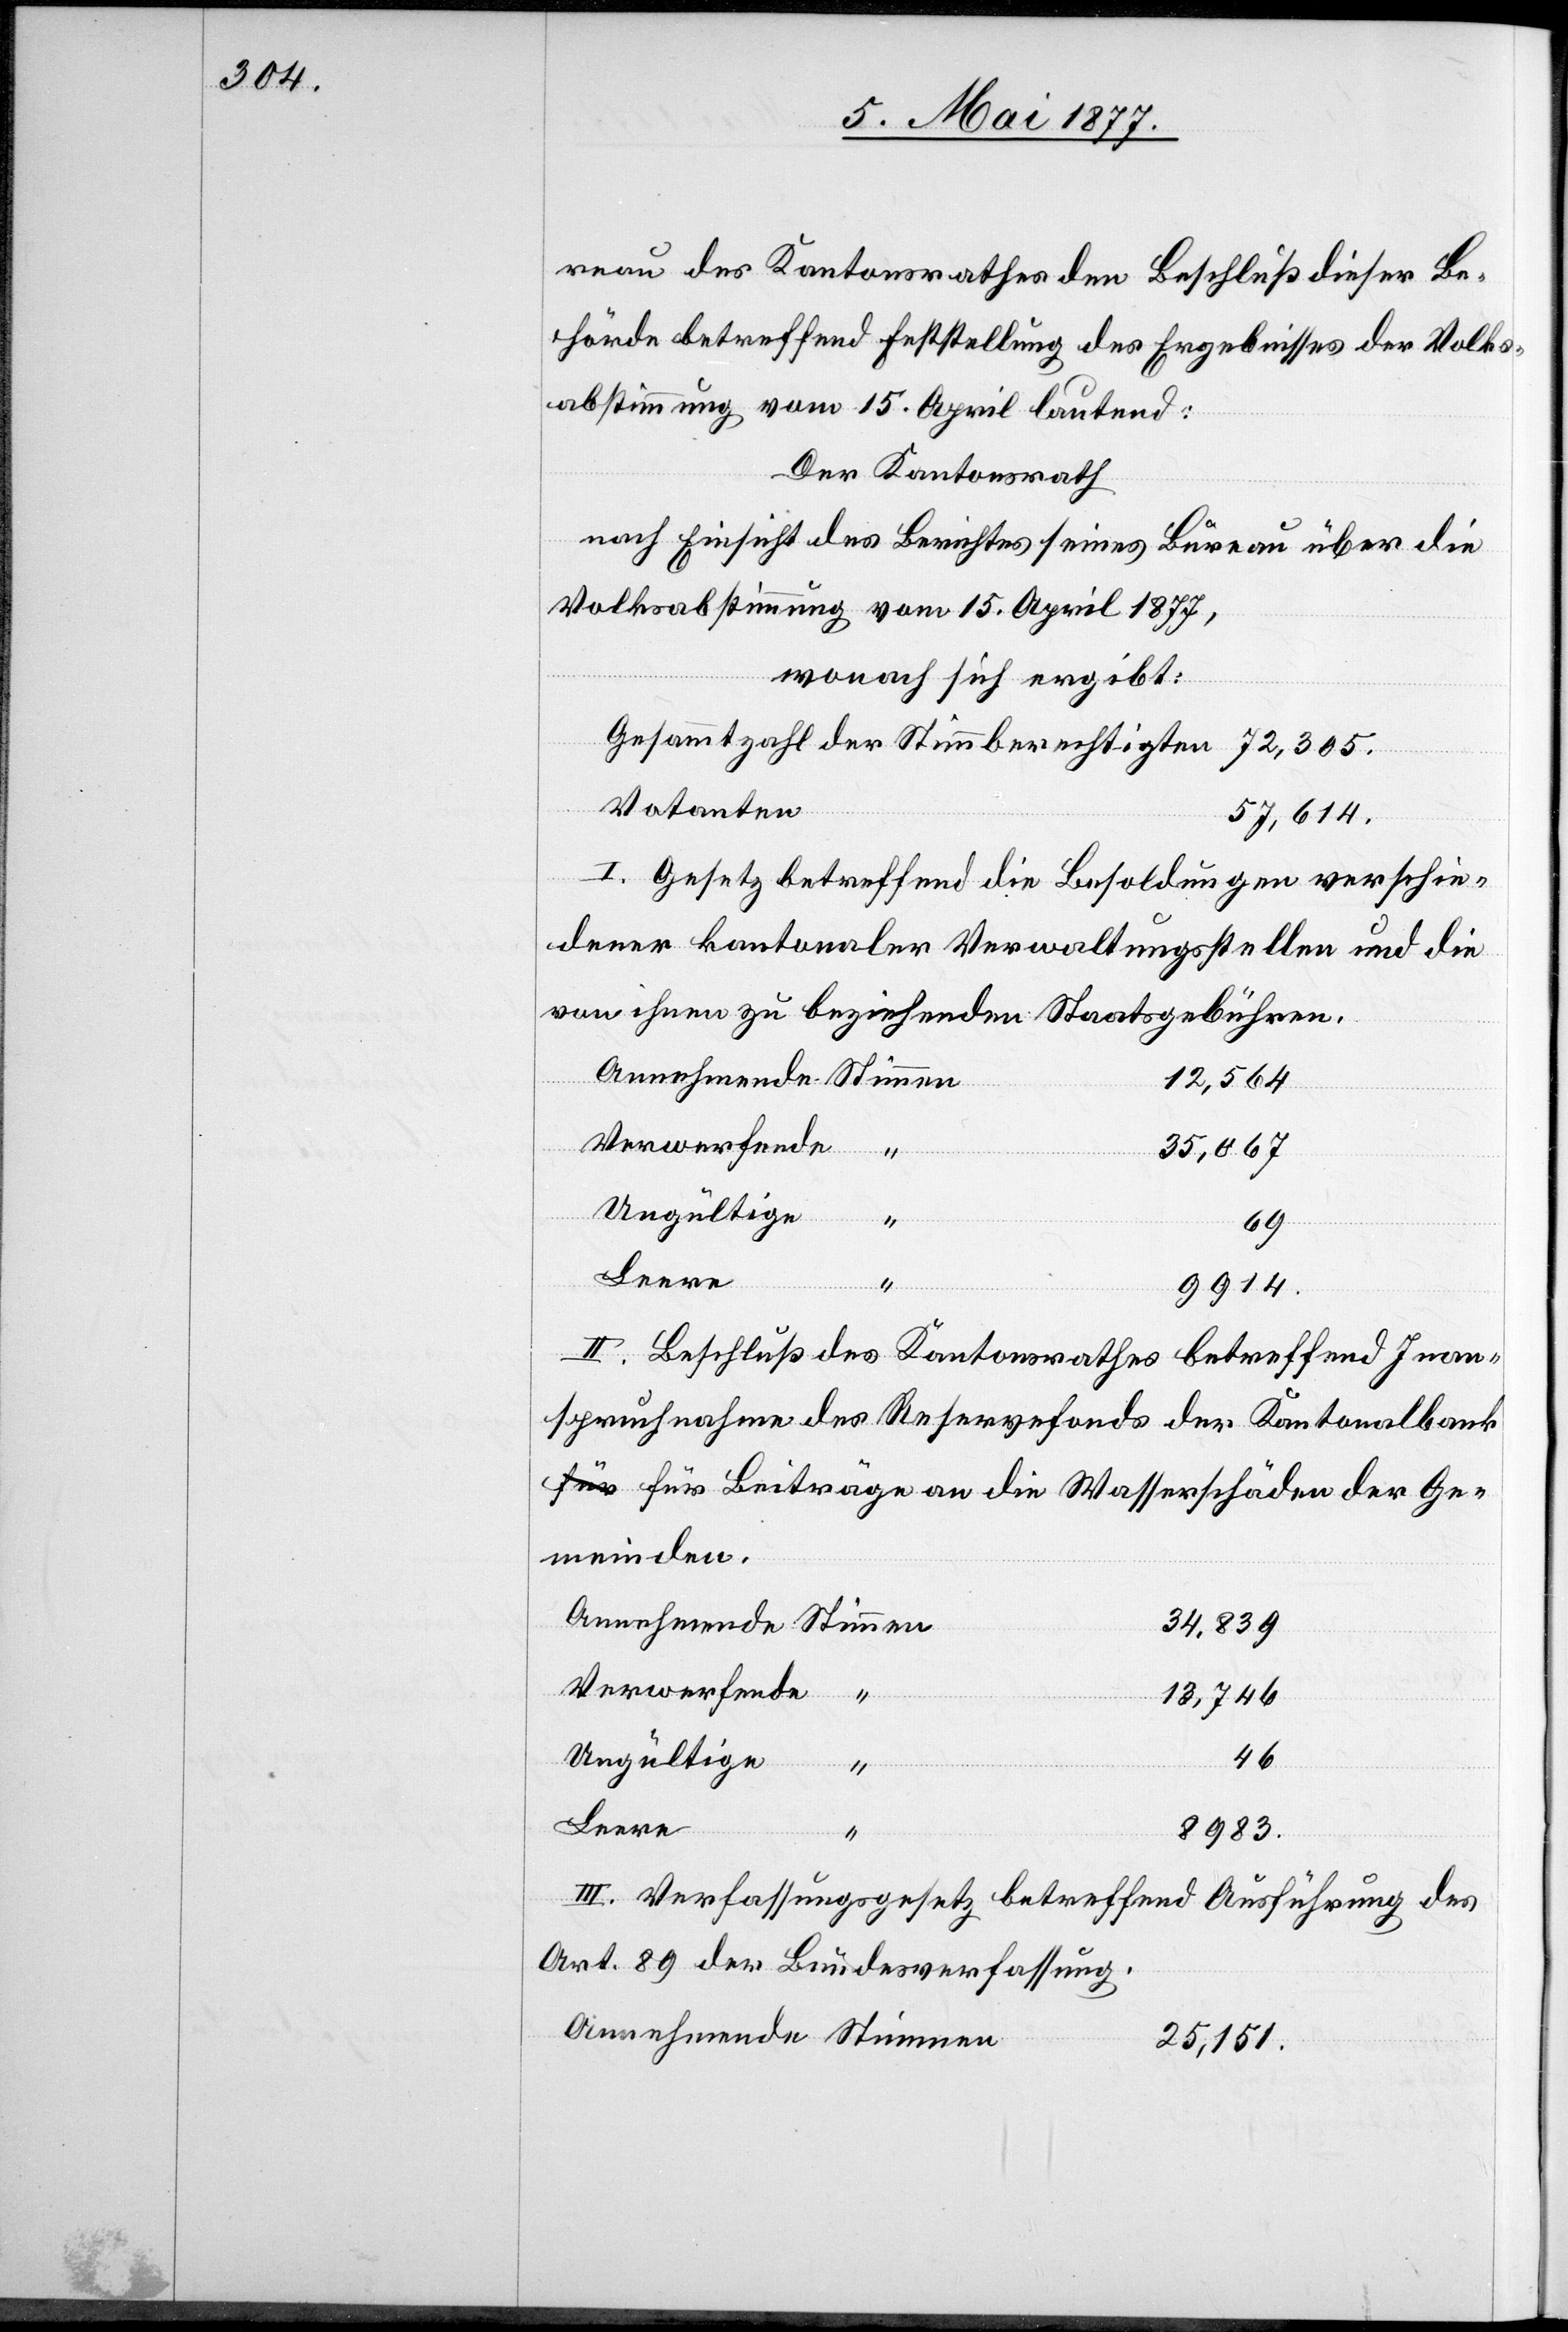
reau des Kantonsrathes den Beschluß dieser Be¬
hörde betreffend Feststellung des Ergebnisses der Volks¬
abstimmung vom 15. April lautend:
Der Kantonsrath
nach Einsicht des Berichtes seines Bureau über die
Volksabstimmung vom 15. April 1877,
wonach sich ergibt:
Gesammtzahl der Stimmberechtigten
Votanten
57,614
I. Gesetz betreffend die Besoldungen verschie¬
dener kantonaler Verwaltungsstellen und die
von ihnen zu beziehenden Staatsgebühren.
12,564
Verwerfende
35,067
Ungültige
Stimmen
69
Leere
“
9914
II. Beschluß des Kantonsrathes betreffend Inan¬
spruchnahme des Reservefonds der Kantonalban¬
k für Beiträge an die Wasserschäden der Ge¬
meinden.
34,839
Verwerfende
13,746
Ungültige
46
8983
III. Verfassungsgesetz betreffend Ausführung des
Art. 89 der Bundesverfassung.
25,151